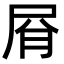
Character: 㞕